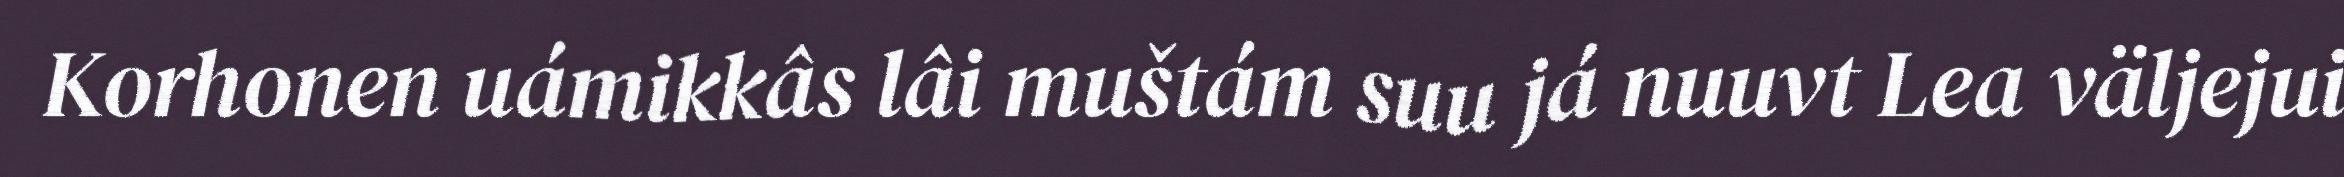
Korhonen uámikkâs lâi muštám suu já nuuvt Lea väljejui